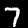
Digit: 7